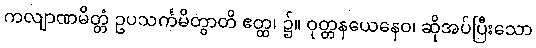
ကလျာဏမိတ္တံ ဥပသင်္ကမိတွာတိ ဧတ္ထ၊ ၌။ ဝုတ္တနယေနေဝ၊ ဆိုအပ်ပြီးသော